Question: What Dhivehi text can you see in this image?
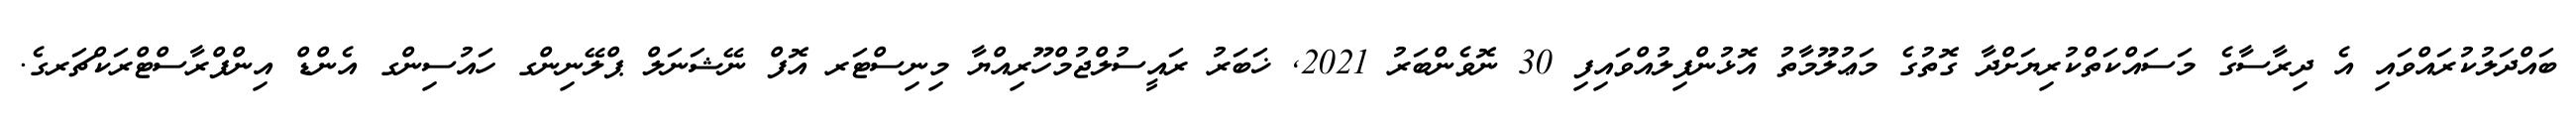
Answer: ބައްދަލުކުރައްވައި އެ ދިރާސާގެ މަސައްކަތްކުރިޔަށްދާ ގޮތުގެ މަޢުލޫމާތު އޮޅުންފިލުއްވައިފި 30 ނޮވެންބަރު 2021, ޚަބަރު ރައީސުލްޖުމްހޫރިއްޔާ މިނިސްޓަރ އޮފް ނޭޝަނަލް ޕްލޭނިންގ ހައުސިންގ އެންޑް އިންފްރާސްޓްރަކްޗަރގެ.